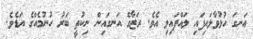
އަނގަ ހުޅުވާލައިފައި ލައްޕައިލި އެވެ. ރަޒާގެ އަނގައިން ނިކުތީ ބަރު ހުނުމެއްގެ އަޑެވެ.